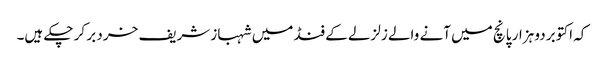
کہ اکتوبر دو ہزار پانچ میں آنے والے زلزلے کے فنڈ میں شہباز شریف خرد بر کر چکے ہیں۔